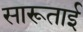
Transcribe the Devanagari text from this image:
सारूताई